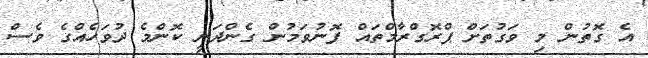
އެ ގޮތުން މި ވަގުތަށް ޕްރޮގްރާމްތައް ފޮނުވަމުން ގެންދަނީ ކޮންމެ ދުވަހެއްގެ ވެސް